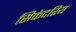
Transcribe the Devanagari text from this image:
सिकंदरिय